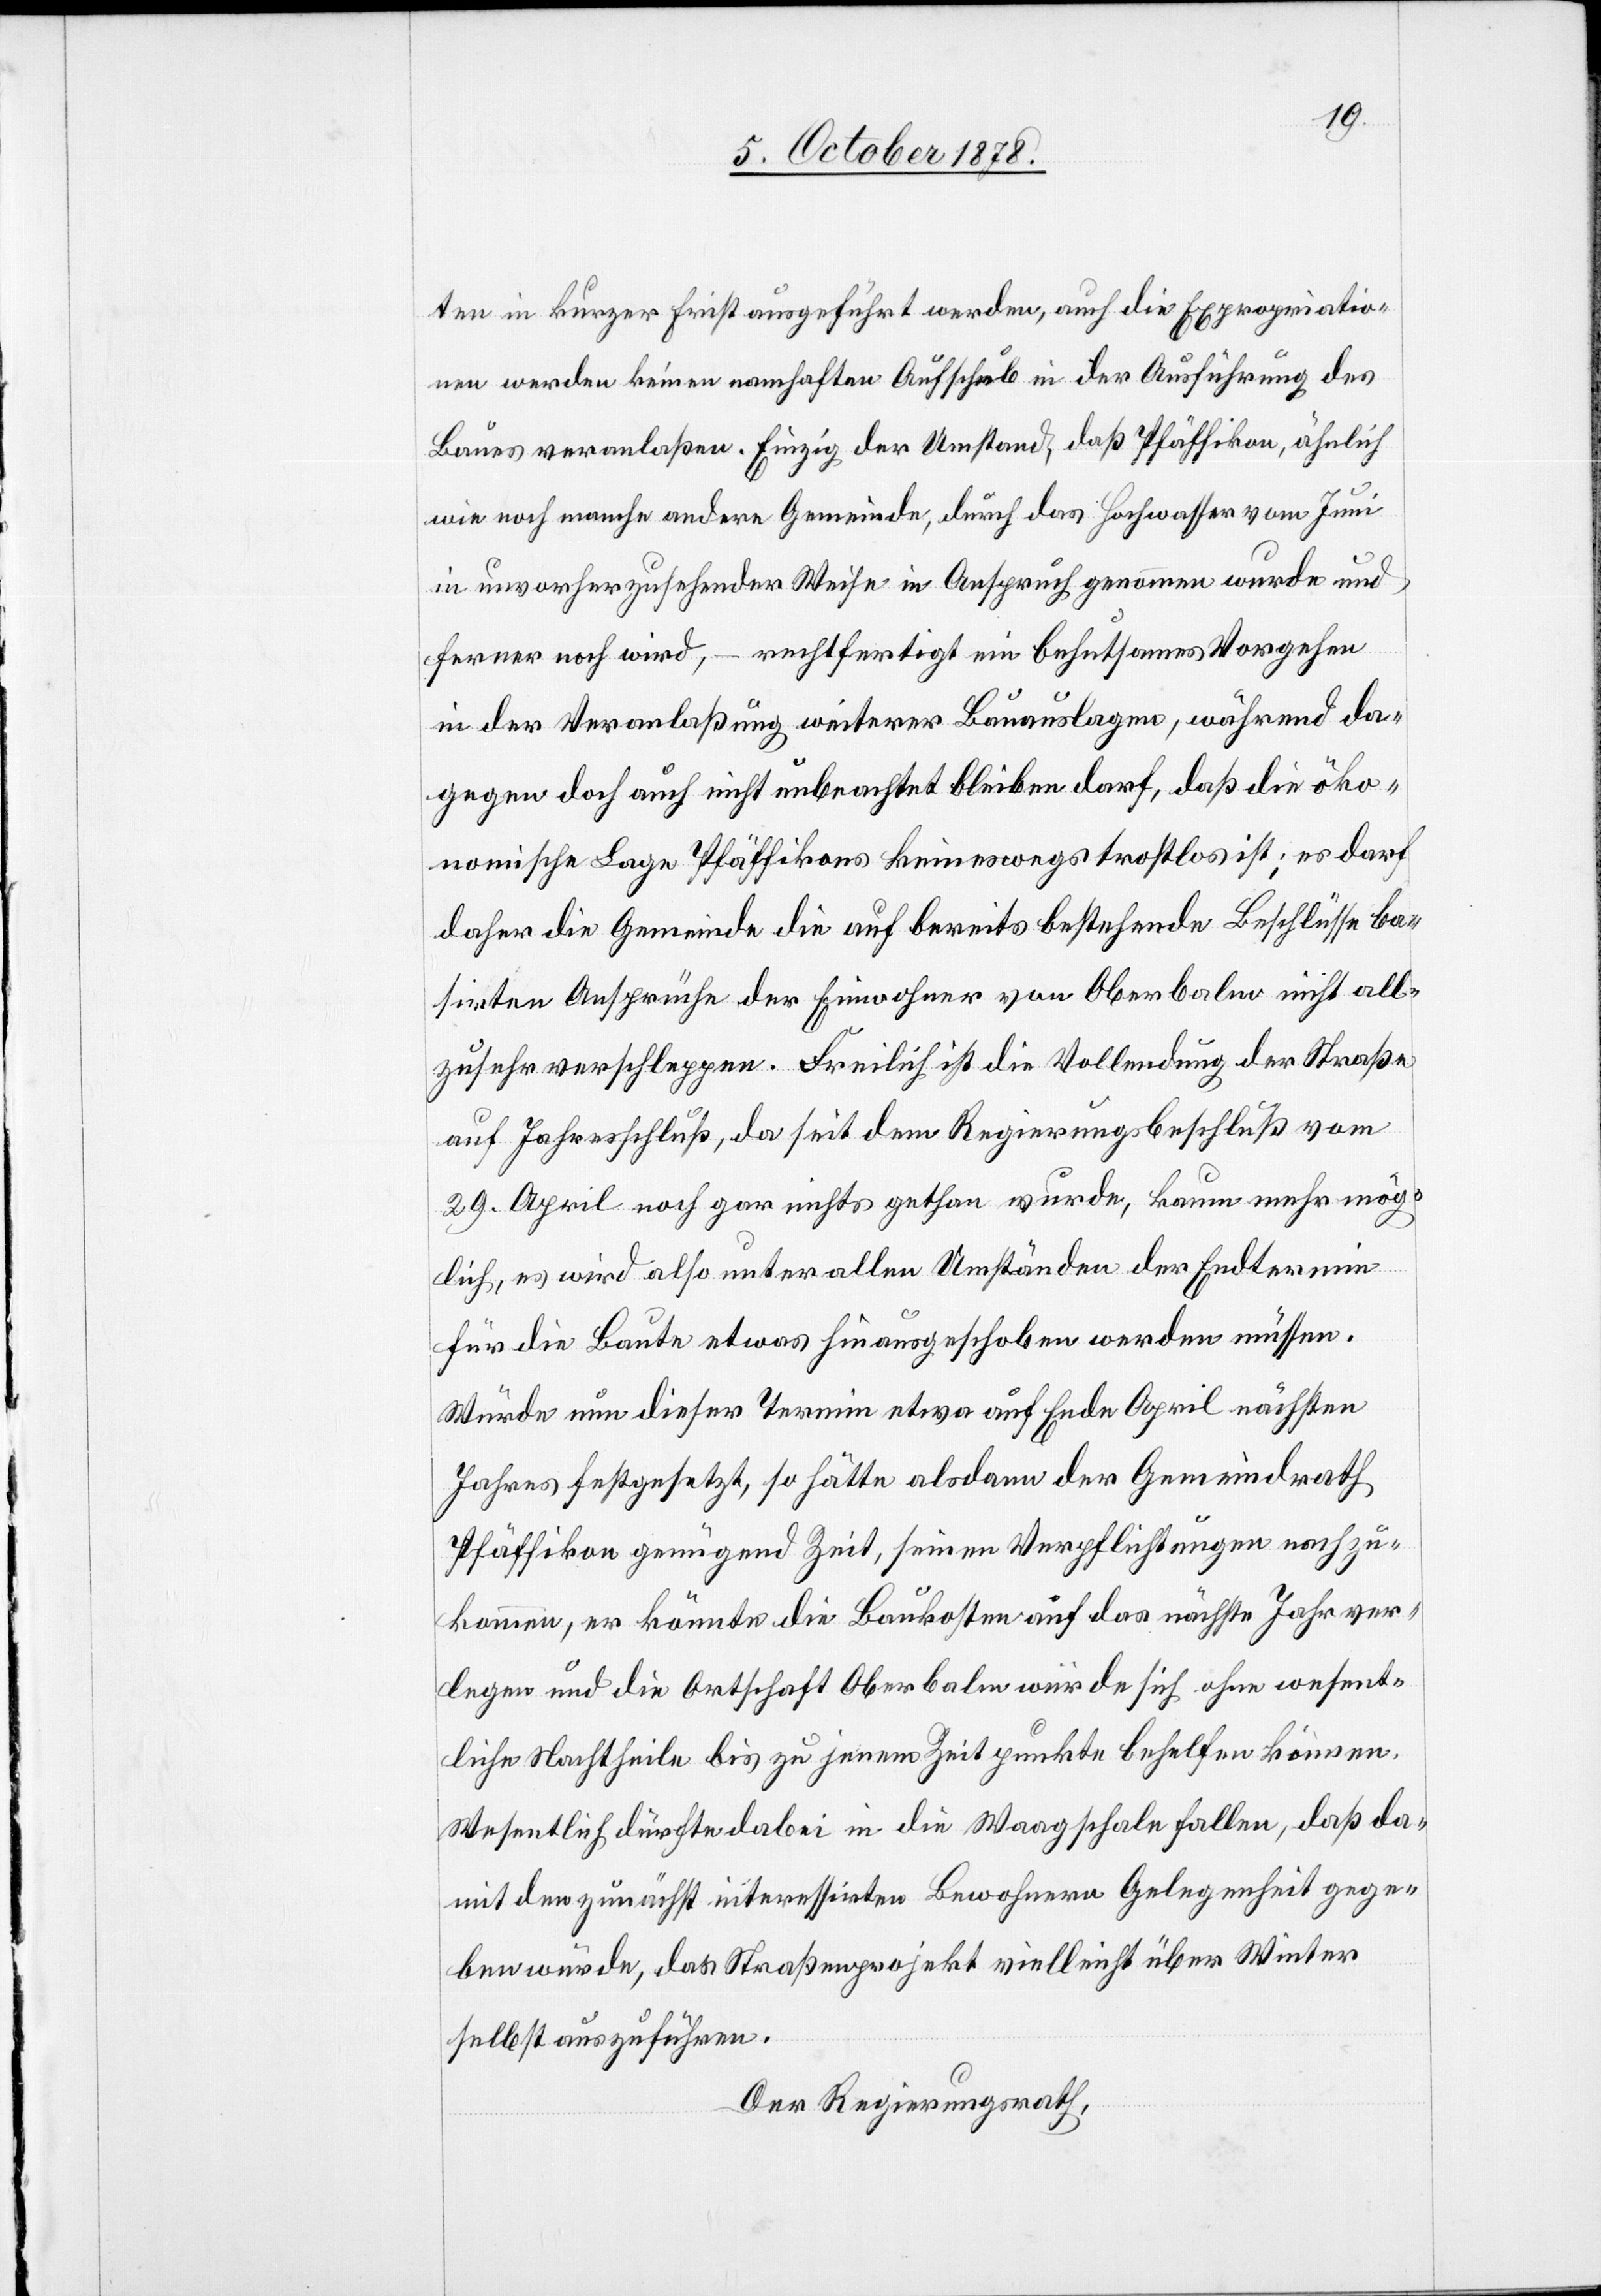
ten in kurzer Frist ausgeführt werden, auch die Expropriatio¬
nen werden keinen namhaften Aufschub in der Ausführung des
Baues veranlaßen. Einzig der Umstand, daß Pfäffikon, ähnlich
wie noch manche andere Gemeinde, durch das Hochwasser vom Juni
in unvorherzusehender Weise in Anspruch genommen wurde und
ferner noch wird, – rechtfertigt ein behutsames Vorgehen
in der Veranlaßung weiterer Bauauslagen, während da¬
gegen doch auch nicht unbeachtet bleiben darf, das die öko¬
nomische Lage Pfäffikons keineswegs trostlos ist; es darf
daher die Gemeinde die auf bereits bestehende Beschlüsse ba¬
sirten Ansprüche der Einwohner von Oberbalm nicht all¬
zu sehr verschleppen. Freilich ist die Vollendung der Straße
auf Jahresschluß, da seit dem Regierungsbeschluß vom
29. April noch gar nichts gethan wurde, kaum mehr mög¬
lich, es wird also unter allen Umständen der Endtermin
für die Baute etwas hinaussgeschoben werden müssen.
Würde nun dieser Termin etwa auf Ende April nächsten
Jahres festgesetzt, so hätte alsdann der Gemeindrath
Pfäffikon genügend Zeit, seinen Verpflichtungen nachzu¬
kommen, er könnte die Baukosten auf das nächste Jahr ver¬
legen und die Ortschaft Oberbalm würde sich ohne wesent¬
liche Nachtheile bis zu jenem Zeitpunkte behelfen können.
Wesentlich dürfte dabei in die Waagschale fallen, daß da¬
mit den zunächst interessirten Bewohnern Gelegenheit gege¬
ben würde, das Straßenprojekt vielleicht über Winter
selbst auszuführen.
Der Regierungsrath,